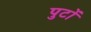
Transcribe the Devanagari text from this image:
पुटों